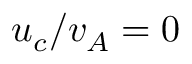
u _ { c } / v _ { A } = 0